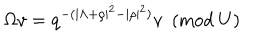
LaTeX: \Omega v = q ^ { - ( | \Lambda + \rho | ^ { 2 } - | \rho | ^ { 2 } ) } v ~ ~ ( \mathrm { m o d } ~ U )